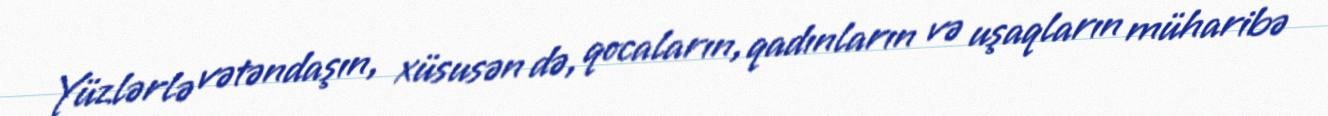
Yüzlərlə vətəndaşın, xüsusən də, qocaların, qadınların və uşaqların müharibə